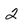
Character: 2